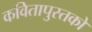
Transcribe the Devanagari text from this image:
कवितापुस्तकों